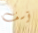
آسف